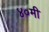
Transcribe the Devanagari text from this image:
४०मी